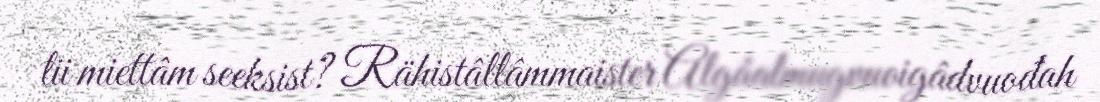
lii miettâm seeksist? Rähistâllâmmaister Algâalmugvuoigâdvuođah